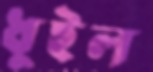
ধুইল